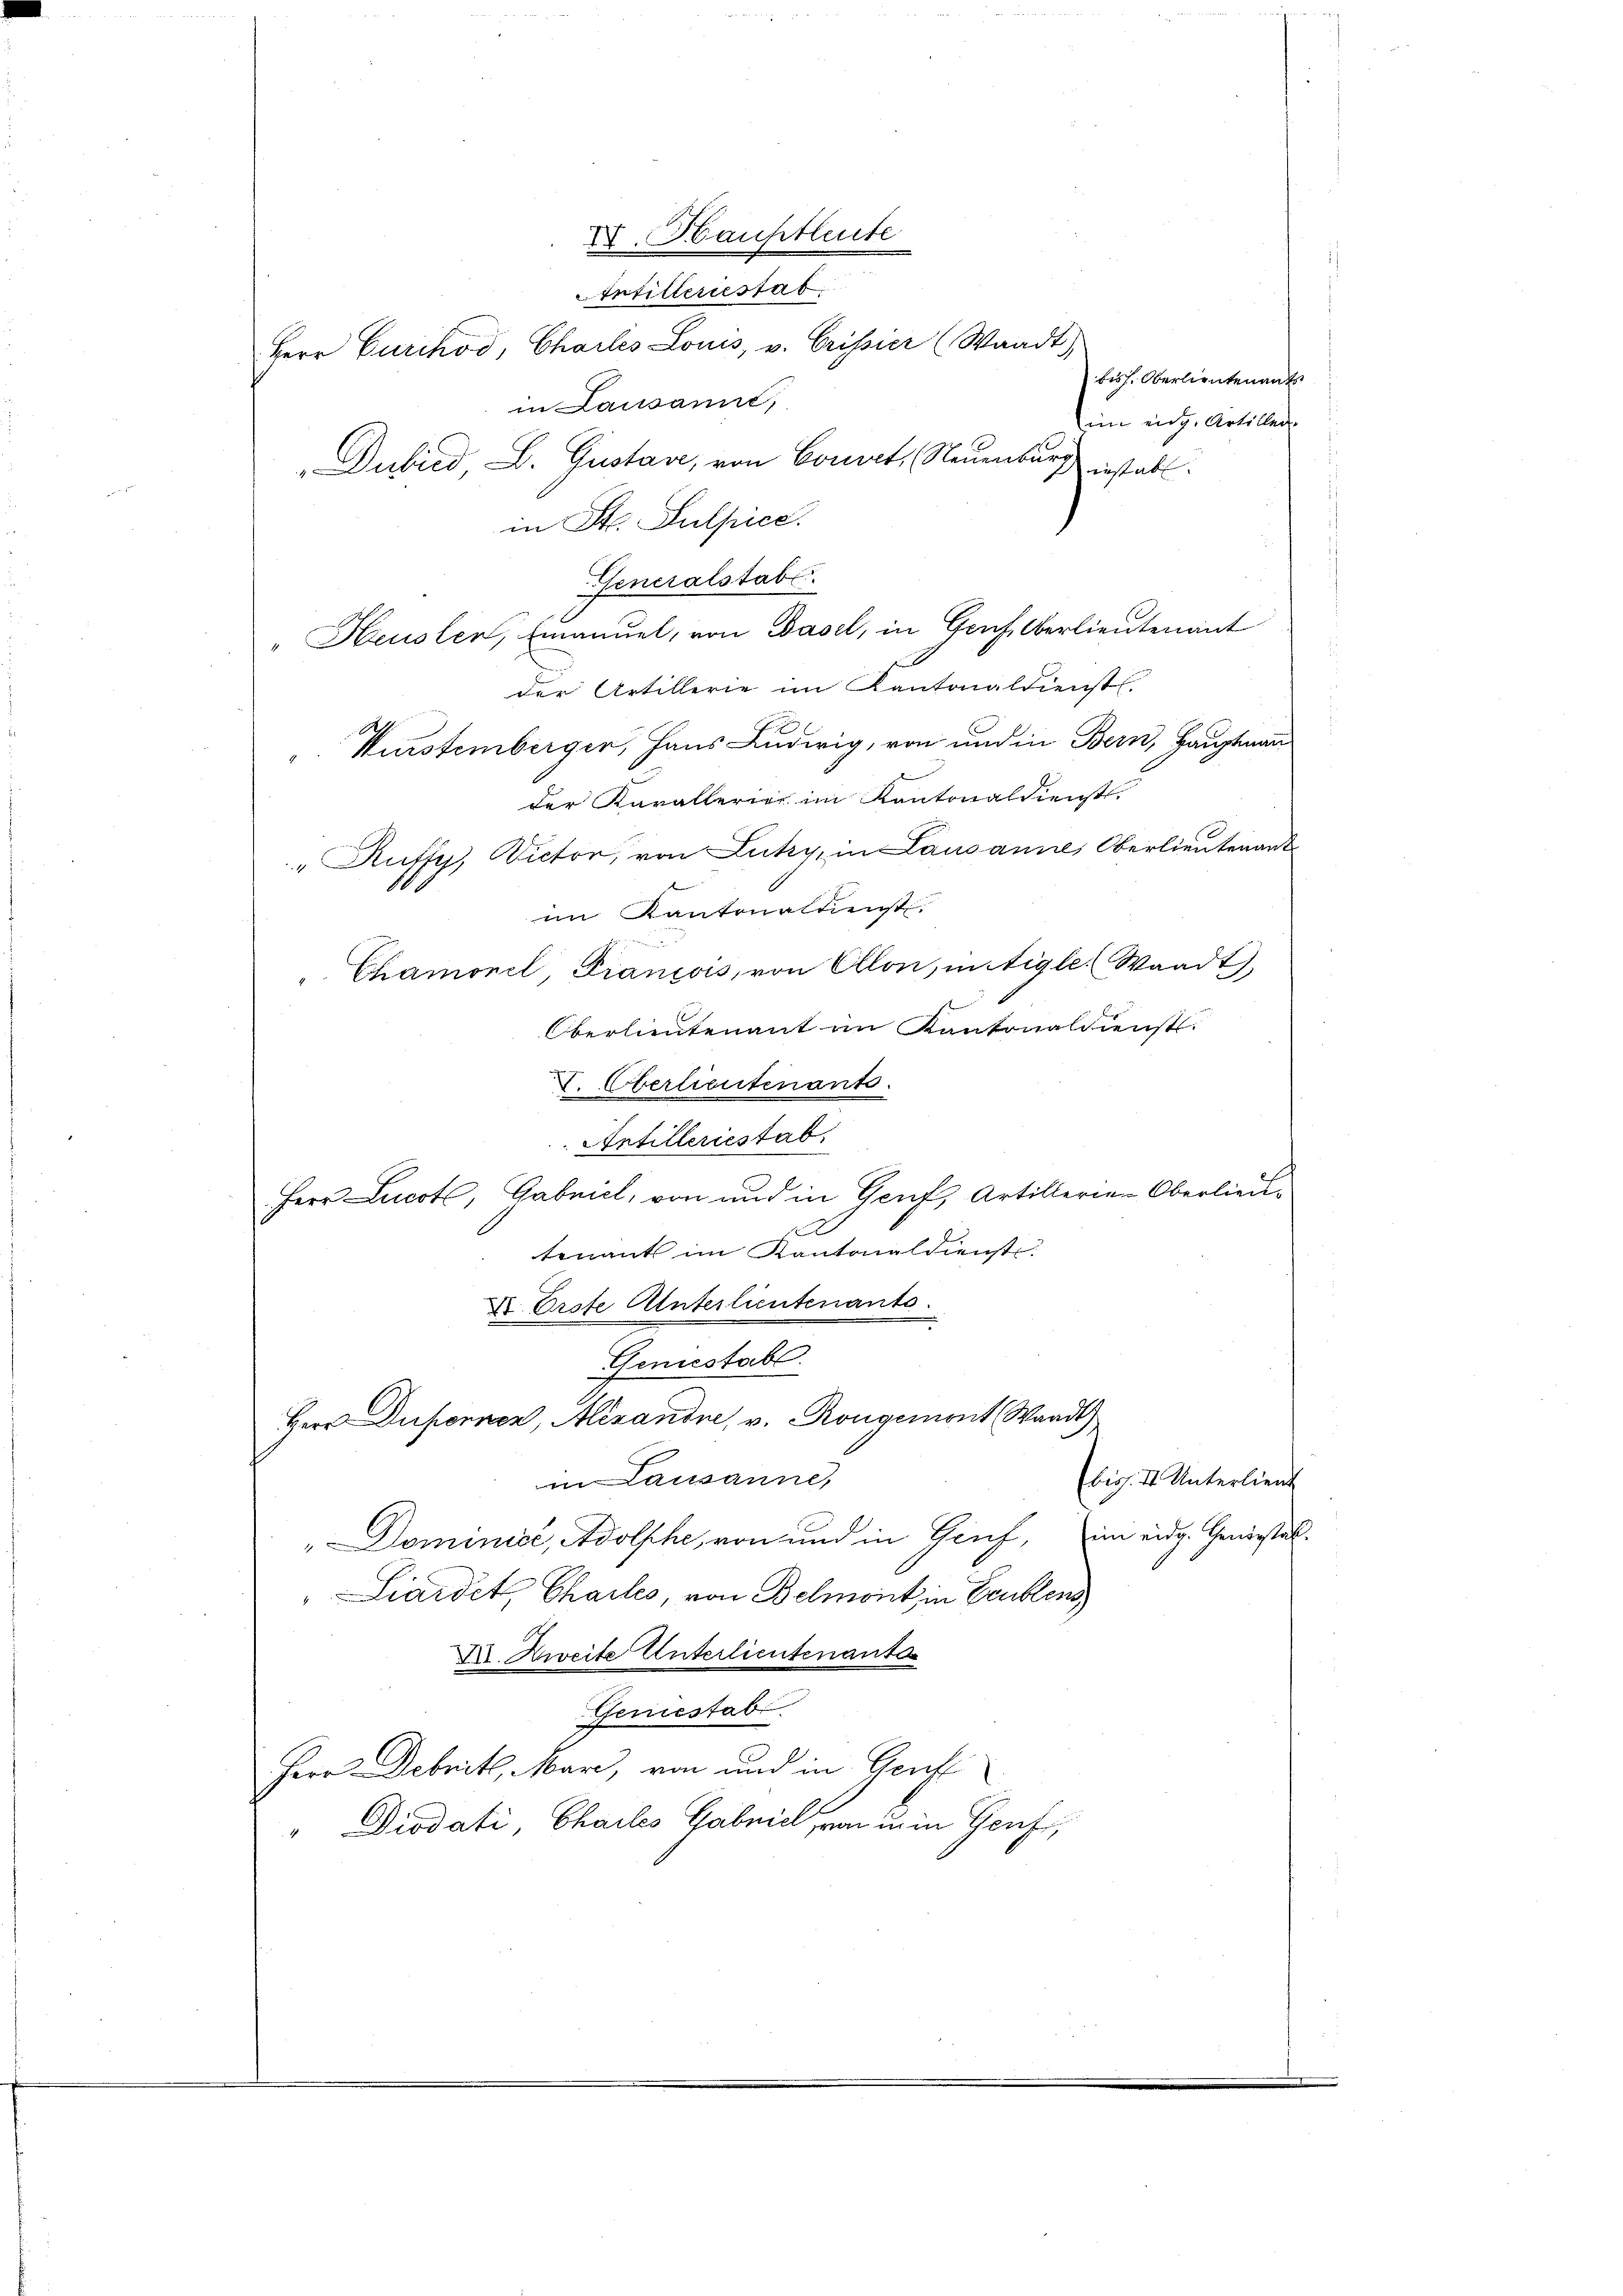
Intilleriestat
Herr Curikóo, Chartes Louis, v. Crissier (Waadt)
in Lausannt,
im eidg. Artillen
Dubild, L. Gustav, von Court, Neuenburg
instab. |
t
" Rutter, Victor, von Luky, in Lausanne, Oberlieutenant
.
im Kantonaldienst.
"Chamonel, Francois, von Allon, in Aigle. Waadt)
Oberlieutenant im Kantonaldienst
V. Oberlieutenants.
Antilleriestab.
Herr Lucote, Gabniel, von und in Genf, Artillerien Oberlieu¬
.
tenant im Kantonaldienst.
X. Erste Unterlieutenants.
Geniestall.
Herr Deponnen, Alexande, v. Rongement Waadt)
in Lausanne,
Ebiss. II. Unterlieut
"Dominist, Adolphe, von und in Gruf, im eidg. Geniestel¬
Liardet, Chailes, von Belmont in Eeublen
D. Zweite Unterlieutenante
Geniestab.
Herr Debritl, Mar, von und in Gruft
" Diodati, Chailes Gabniel, von in in Genf,

XV. Hauptleute

in St. Sulpice.
Generalstabe
" Heusler, Emanuel, von Basel, in Genf, Oberlieutenant
der Artillerie im Kantonaldienst.
Kürstemberger, Haus Ludwig, von und in Bern, Hauptmann
der Kavallerier im Kantonaldienst.

biss. Oberlieutenants